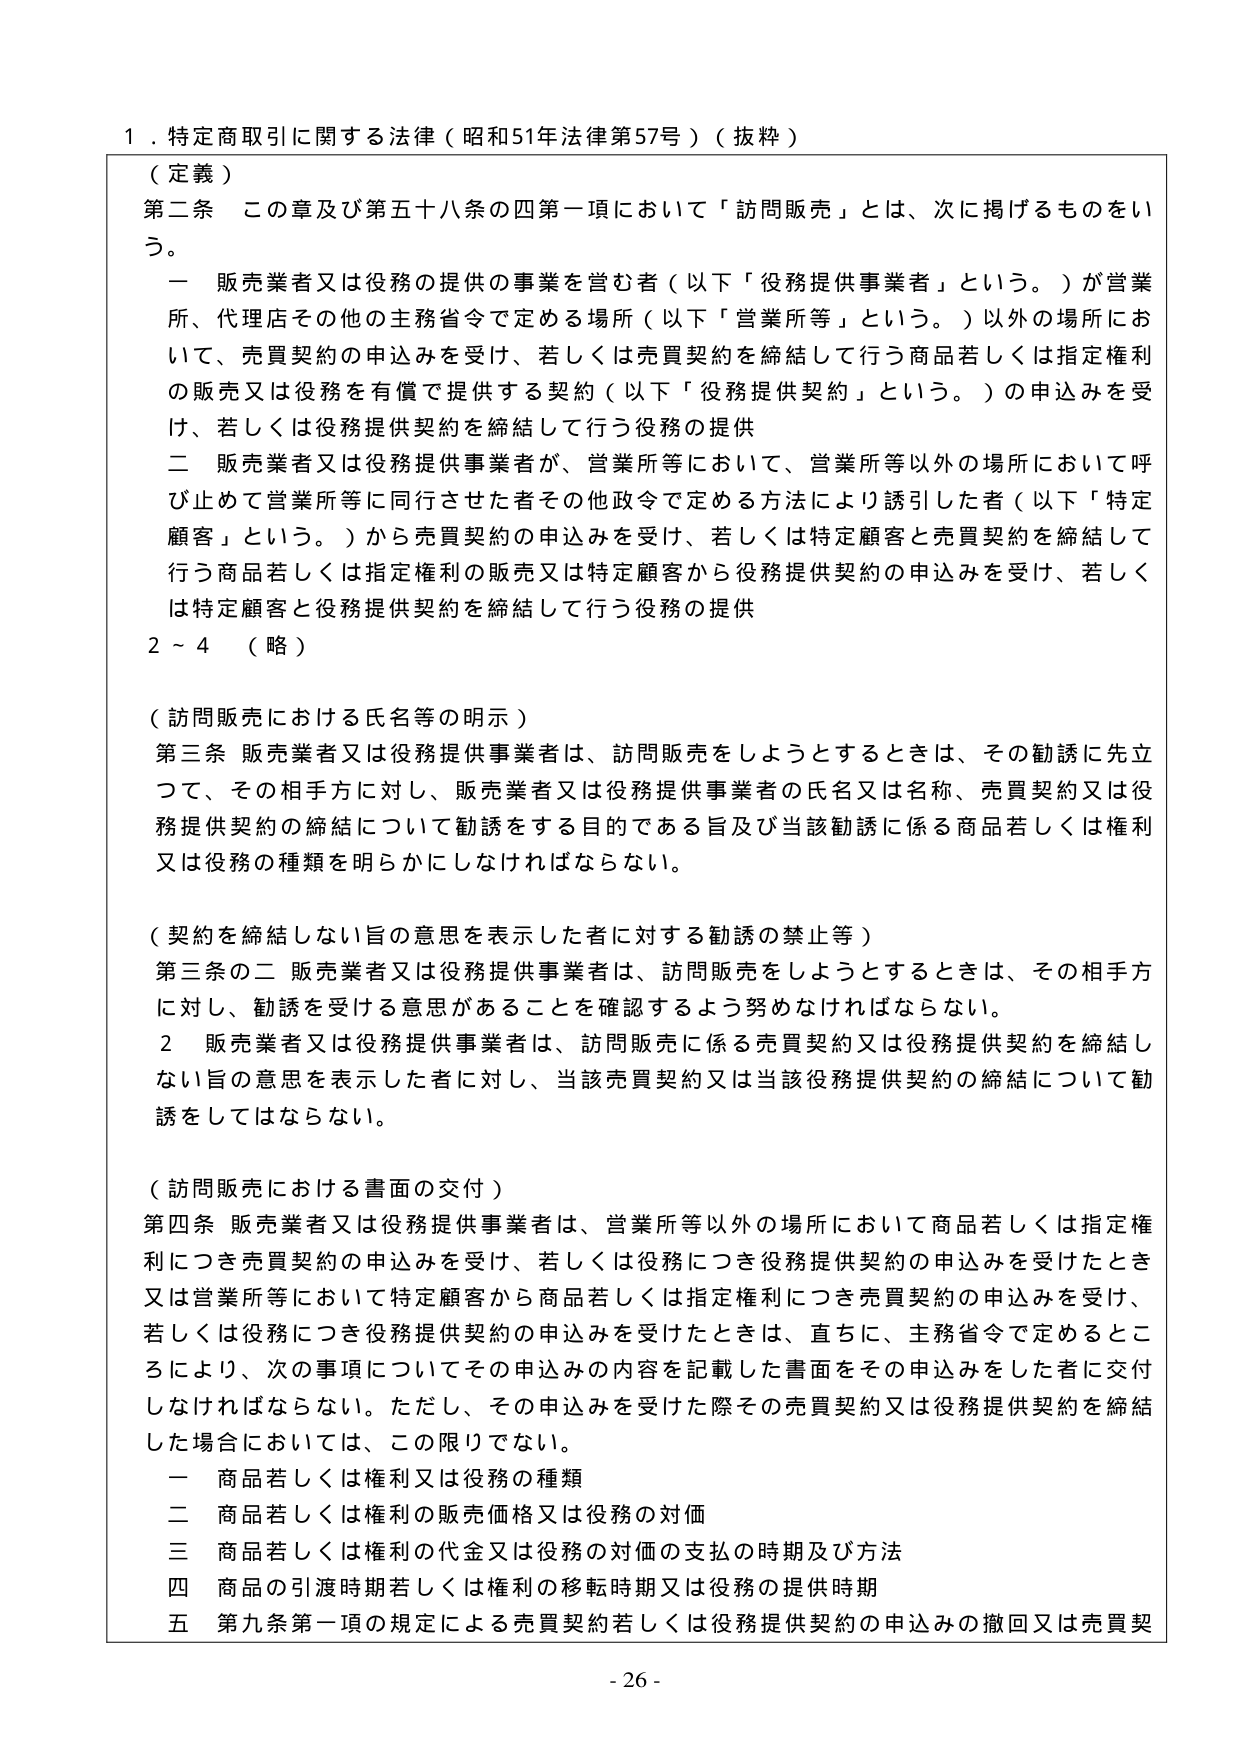
１．特定商取引に関する法律（昭和51年法律第57号）（抜粋）

（定義）
第二条　この章及び第五十八条の四第一項において「訪問販売」とは、次に掲げるものをいう。
　一　販売業者又は役務の提供の事業を営む者（以下「役務提供事業者」という。）が営業所、代理店その他の主務省令で定める場所（以下「営業所等」という。）以外の場所において、売買契約の申込みを受け、若しくは売買契約を締結して行う商品若しくは指定権利の販売又は役務を有償で提供する契約（以下「役務提供契約」という。）の申込みを受け、若しくは役務提供契約を締結して行う役務の提供
　二　販売業者又は役務提供事業者が、営業所等において、営業所等以外の場所において呼び止めて営業所等に同行させた者その他政令で定める方法により誘引した者（以下「特定顧客」という。）から売買契約の申込みを受け、若しくは特定顧客と売買契約を締結して行う商品若しくは指定権利の販売又は特定顧客から役務提供契約の申込みを受け、若しくは特定顧客と役務提供契約を締結して行う役務の提供
２～４　（略）

（訪問販売における氏名等の明示）
第三条　販売業者又は役務提供事業者は、訪問販売をしようとするときは、その勧誘に先立つて、その相手方に対し、販売業者又は役務提供事業者の氏名又は名称、売買契約又は役務提供契約の締結について勧誘をする目的である旨及び当該勧誘に係る商品若しくは権利又は役務の種類を明らかにしなければならない。

（契約を締結しない旨の意思を表示した者に対する勧誘の禁止等）
第三条の二　販売業者又は役務提供事業者は、訪問販売をしようとするときは、その相手方に対し、勧誘を受ける意思があることを確認するよう努めなければならない。
　２　販売業者又は役務提供事業者は、訪問販売に係る売買契約又は役務提供契約を締結しない旨の意思を表示した者に対し、当該売買契約又は当該役務提供契約の締結について勧誘をしてはならない。

（訪問販売における書面の交付）
第四条　販売業者又は役務提供事業者は、営業所等以外の場所において商品若しくは指定権利につき売買契約の申込みを受け、若しくは役務につき役務提供契約の申込みを受けたとき又は営業所等において特定顧客から商品若しくは指定権利につき売買契約の申込みを受け、若しくは役務につき役務提供契約の申込みを受けたときは、直ちに、主務省令で定めるところにより、次の事項についてその申込みの内容を記載した書面をその申込みをした者に交付しなければならない。ただし、その申込みを受けた際その売買契約又は役務提供契約を締結した場合においては、この限りでない。
　一　商品若しくは権利又は役務の種類
　二　商品若しくは権利の販売価格又は役務の対価
　三　商品若しくは権利の代金又は役務の対価の支払の時期及び方法
　四　商品の引渡時期若しくは権利の移転時期又は役務の提供時期
　五　第九条第一項の規定による売買契約若しくは役務提供契約の申込みの撤回又は売買契

- 26 -